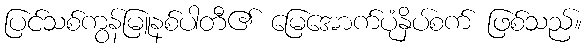
ပြင်သစ်ကွန်မြူနစ်ပါတီ၏ မြေအောက်ပုံနှိပ်စက် ဖြစ်သည်။